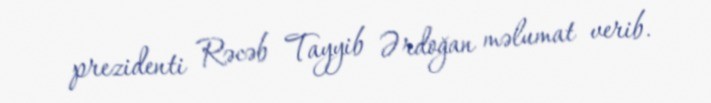
prezidenti Rəcəb Tayyib Ərdoğan məlumat verib.